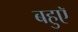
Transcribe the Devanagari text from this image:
बहुएॅ